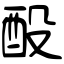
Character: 酘